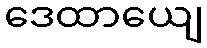
ဒေထာယျေ